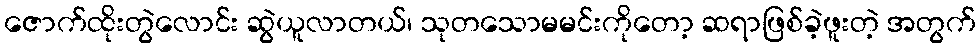
ဇောက်ထိုးတွဲလောင်း ဆွဲယူလာတယ်၊ သုတသောမမင်းကိုတော့ ဆရာဖြစ်ခဲ့ဖူးတဲ့ အတွက်